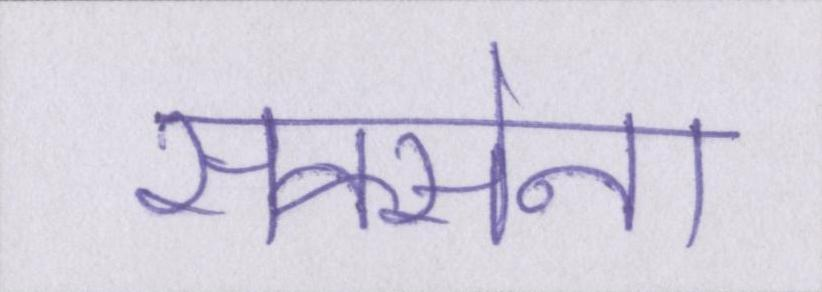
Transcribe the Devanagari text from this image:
सक्सेना